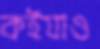
কর্ইযাও